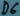
Text: D6